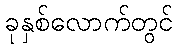
ခုနှစ်လောက်တွင်